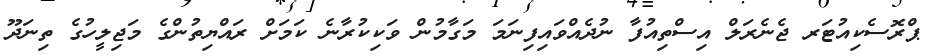
ޕްރޮސެކިއުޓަރ ޖެނެރަލް އިސްތިއުފާ ނުދެއްވައިފިނަމަ މަގާމުން ވަކިކުރާނެ ކަމަށް ރައްޔިތުންގެ މަޖިލީހުގެ ތިނަދޫ